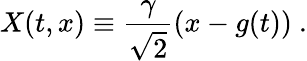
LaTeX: X(t,x)\equiv{\frac{\gamma}{\sqrt{2}}}(x-g(t))\ .